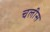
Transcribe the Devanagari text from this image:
चलीस